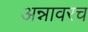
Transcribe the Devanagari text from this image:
अन्नावरच